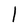
Character: l